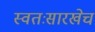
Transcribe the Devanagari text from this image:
स्वतःसारखेच